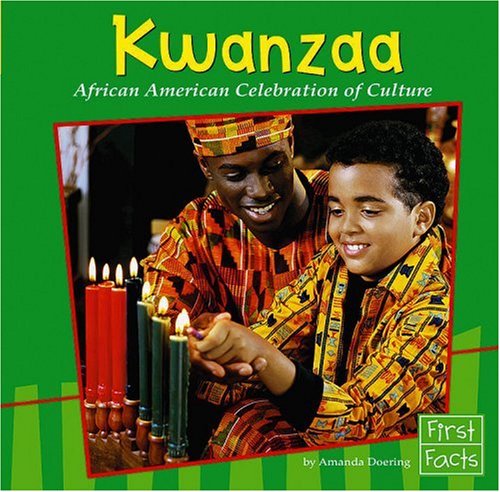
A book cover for Kwanzaa: African American Celebration of Culture (First Facts: Holidays and Culture); Doering; Children's Books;